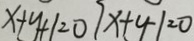
x + y + 1 = 0 7 x + y - 1 = 0